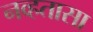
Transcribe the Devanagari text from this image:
नव्हतासा